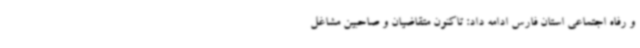
و رفاه اجتماعی استان فارس ادامه داد: تاکنون متقاضیان و صاحبین مشاغل